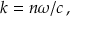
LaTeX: k = n \omega / c \, ,